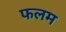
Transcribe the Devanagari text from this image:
फलम